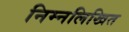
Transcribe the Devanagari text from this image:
निम्‍नलिखित